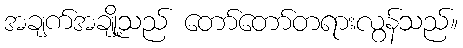
အချက်အချို့သည် တော်တော်တရားလွန်သည်။